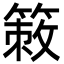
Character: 𥰡